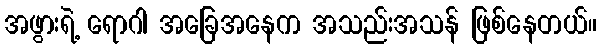
အဖွားရဲ့ ရောဂါ အခြေအနေက အသည်းအသန် ဖြစ်နေတယ်။